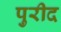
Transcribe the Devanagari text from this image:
पुरीद